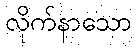
လိုက်နာသော